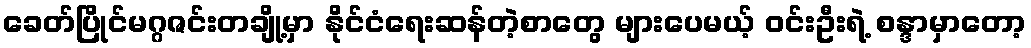
ခေတ်ပြိုင်မဂ္ဂဇင်းတချို့မှာ နိုင်ငံရေးဆန်တဲ့စာတွေ များပေမယ့် ဝင်းဦးရဲ့ စန္ဒာမှာတော့